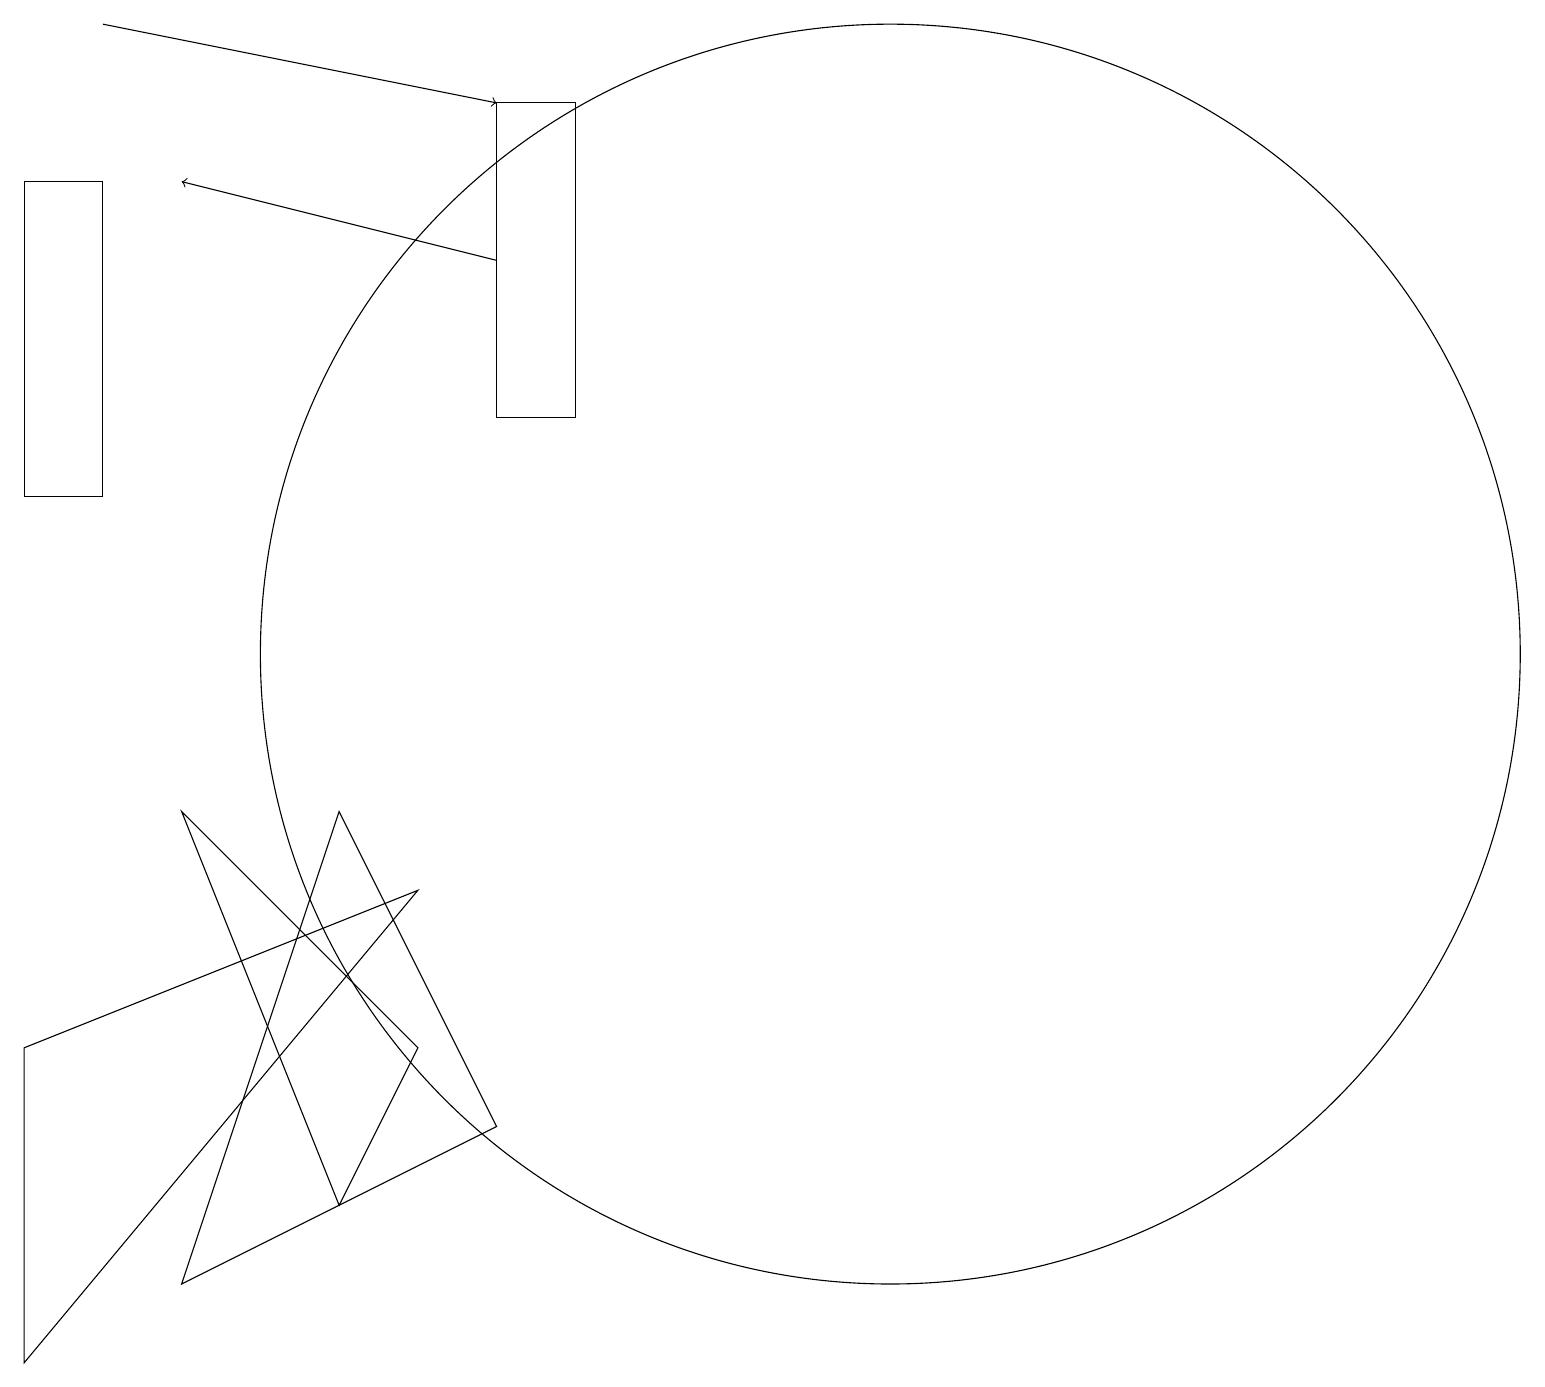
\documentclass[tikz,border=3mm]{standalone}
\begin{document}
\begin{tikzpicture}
\draw[->] (1,18) -- (6,17);
\draw (11,10) circle (8);
\draw (2,2) -- (6,4) -- (4,8) -- cycle;
\draw[->] (6,15) -- (2,16);
\draw (1,16) rectangle (0,12);
\draw (2,8) -- (5,5) -- (4,3) -- cycle;
\draw (5,7) -- (0,1) -- (0,5) -- cycle;
\draw (6,13) rectangle (7,17);
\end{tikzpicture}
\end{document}